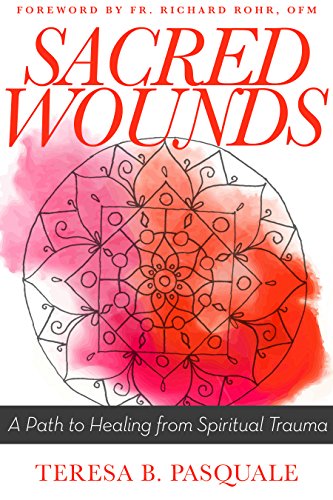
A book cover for Sacred Wounds: A Path to Healing from Spiritual Trauma; Teresa B. Pasquale; Christian Books & Bibles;